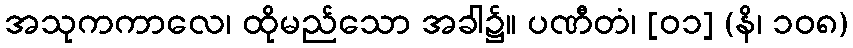
အသုကကာလေ၊ ထိုမည်သော အခါ၌။ ပဏီတံ၊ [၀၁] (နိ၊ ၁၀၈)